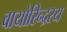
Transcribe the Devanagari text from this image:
वायोरिन्द्रस्य